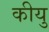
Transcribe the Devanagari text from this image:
कीयु